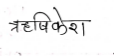
मजकूर: ऋषिकेश